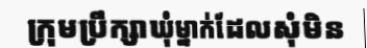
ក្រុមប្រឹក្សាឃុំម្នាក់ដែលសុំមិន